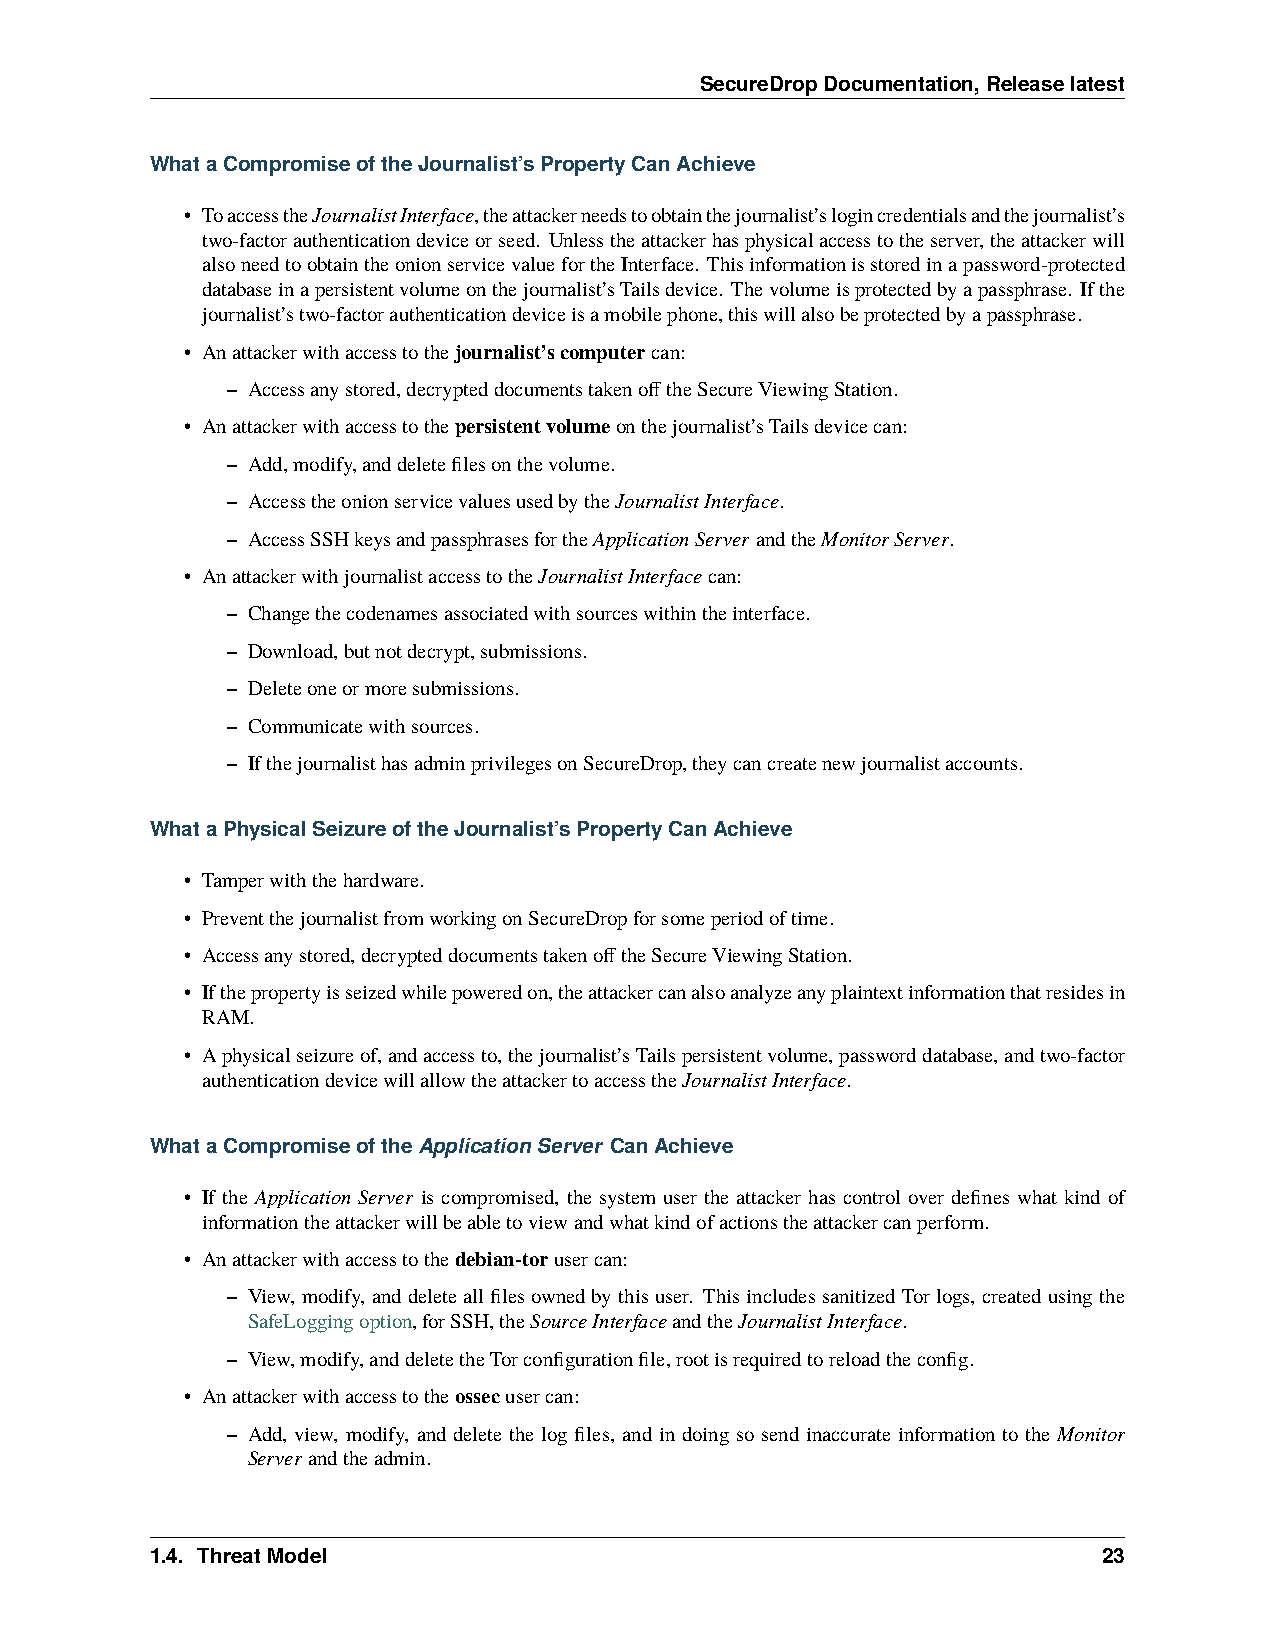
SecureDropDocumentation,Releaselatest
 WhataCompromiseoftheJournalist’sPropertyCanAchieve
 • ToaccesstheJournalistInterface,theattackerneedstoobtainthejournalist’slogincredentialsandthejournalist’s
 two-factorauthenticationdeviceorseed. Unlesstheattackerhasphysicalaccesstotheserver,theattackerwill
 alsoneedtoobtaintheonionservicevaluefortheInterface. Thisinformationisstoredinapassword-protected
 databaseinapersistentvolumeonthejournalist’sTailsdevice. Thevolumeisprotectedbyapassphrase. Ifthe
 journalist’stwo-factorauthenticationdeviceisamobilephone,thiswillalsobeprotectedbyapassphrase.
 • Anattackerwithaccesstothejournalist’scomputercan:
 – Accessanystored,decrypteddocumentstakenofftheSecureViewingStation.
 • Anattackerwithaccesstothepersistentvolumeonthejournalist’sTailsdevicecan:
 – Add,modify,anddeletefilesonthevolume.
 – AccesstheonionservicevaluesusedbytheJournalistInterface.
 – AccessSSHkeysandpassphrasesfortheApplicationServerandtheMonitorServer.
 • AnattackerwithjournalistaccesstotheJournalistInterfacecan:
 – Changethecodenamesassociatedwithsourceswithintheinterface.
 – Download,butnotdecrypt,submissions.
 – Deleteoneormoresubmissions.
 – Communicatewithsources.
 – IfthejournalisthasadminprivilegesonSecureDrop,theycancreatenewjournalistaccounts.
 WhataPhysicalSeizureoftheJournalist’sPropertyCanAchieve
 • Tamperwiththehardware.
 • PreventthejournalistfromworkingonSecureDropforsomeperiodoftime.
 • Accessanystored,decrypteddocumentstakenofftheSecureViewingStation.
 • Ifthepropertyisseizedwhilepoweredon,theattackercanalsoanalyzeanyplaintextinformationthatresidesin
 RAM.
 • Aphysicalseizureof,andaccessto,thejournalist’sTailspersistentvolume,passworddatabase,andtwo-factor
 authenticationdevicewillallowtheattackertoaccesstheJournalistInterface.
 WhataCompromiseoftheApplicationServer CanAchieve
 • If the Application Server is compromised, the system user the attacker has control over defines what kind of
 informationtheattackerwillbeabletoviewandwhatkindofactionstheattackercanperform.
 • Anattackerwithaccesstothedebian-torusercan:
 – View, modify, anddeleteallfilesownedbythisuser. ThisincludessanitizedTorlogs, createdusingthe
 SafeLoggingoption,forSSH,theSourceInterfaceandtheJournalistInterface.
 – View,modify,anddeletetheTorconfigurationfile,rootisrequiredtoreloadtheconfig.
 • Anattackerwithaccesstotheossecusercan:
 – Add, view, modify, and delete the log files, and in doing so send inaccurate information to the Monitor
 Serverandtheadmin.
 1.4. ThreatModel                                               23